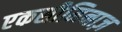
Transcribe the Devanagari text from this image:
एकसीमिनाज़